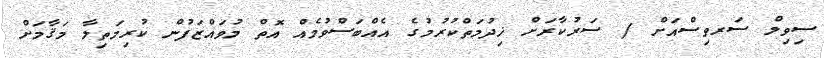
ސިވިލް ސަރވިސްއަށް / ސަރުކާރަށް ޚިދުމަތްކުރުމުގެ އެއްބަސްވުމެއް އޮތް މުވައްޒަފުން ކުރިމަތިލާ މަޤާމަށް